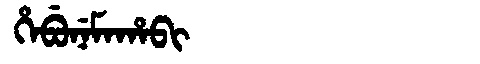
Manchu: ᡥᡝᠪᡠᠨᡝᠮᠠᡥᠠᠪᡳ
Romanization: HEBUNEMAHABI